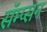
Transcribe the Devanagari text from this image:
सॅम्प्सन